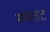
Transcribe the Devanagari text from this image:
समतट